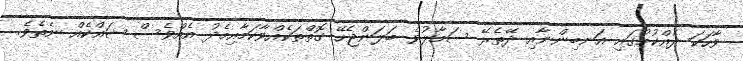
ވާހަކަ ދެއްކުމުގައި އަނބިންނާއި ދޭތެރޭ ސަމާލުވެ ބަލަންޖެހޭ ގޮތްތަކެއްވާކަމާއިމެދު އެއްވެސް ޝައްކެއް ނެތެވެ.